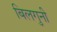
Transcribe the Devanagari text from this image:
बिलगुनी